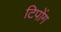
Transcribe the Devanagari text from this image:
टिपोंग